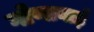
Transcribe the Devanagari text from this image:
गोणाबाई